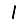
Digit: 1